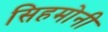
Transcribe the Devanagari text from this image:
सिहमोनी